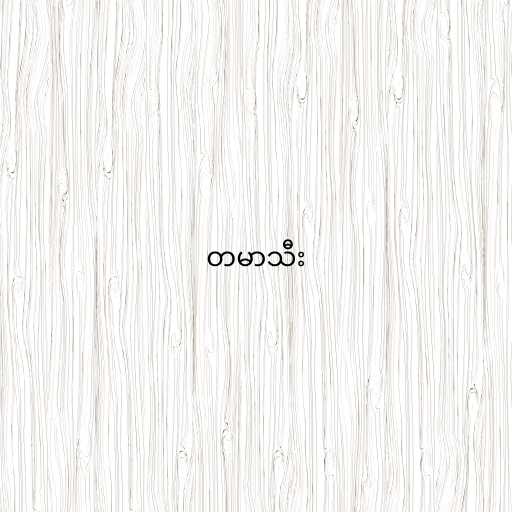
တမာသီး